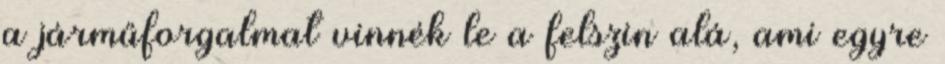
a járműforgalmat vinnék le a felszin alá, ami egyre